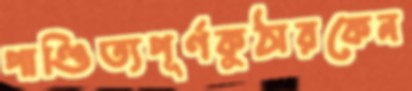
পাণ্ডিত্যপূর্ণকুঠারকেন